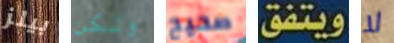
بيلز ولكن صحيح ويتفق لا